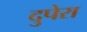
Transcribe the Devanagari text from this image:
दुपेरा